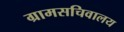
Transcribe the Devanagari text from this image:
ग्रामसचिवालय